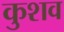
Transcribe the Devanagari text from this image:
कुशव